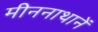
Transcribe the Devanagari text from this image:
मीननाथानें